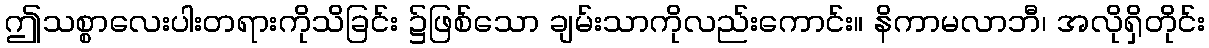
ဤသစ္စာလေးပါးတရားကိုသိခြင်း ၌ဖြစ်သော ချမ်းသာကိုလည်းကောင်း။ နိကာမလာဘီ၊ အလိုရှိတိုင်း